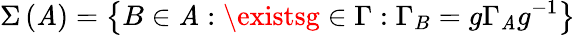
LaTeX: \Sigma\left(\mathit{A}\right)=\left\{ B\in\mathcal{{\mathit{A}}}:\existsg\in\Gamma:\Gamma_{B}=g\Gamma_{\mathit{A}}g^{-1}\right\}